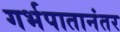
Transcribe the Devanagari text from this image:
गर्भपातानंतर